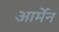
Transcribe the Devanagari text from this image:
आर्मेन